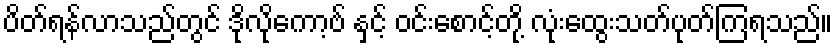
ပိတ်ရန်လာသည်တွင် ဒိုလိုကော့ဗ် နှင့် ဝင်းစောင့်တို့ လုံးထွေးသတ်ပုတ်ကြရသည်။